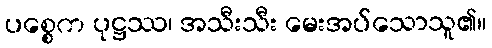
ပစ္စေက ပုဋ္ဌဿ၊ အသီးသီး မေးအပ်သောသူ၏။